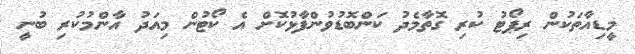
މީޑިއާތަކުން ރިޕޯޓު ކުރި ގޮތާމެދު ކަންބޮޑުވުންފާޅުކޮށް އެ ކޯޓުން މިއަދު އާންމުކުރި ބުނީ